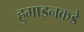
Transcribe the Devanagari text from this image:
हुमाइनकडे